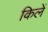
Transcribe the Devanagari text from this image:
किलें